Annual report on the mental hospital in the Central Provinces and Berar (Nagpur) - 1927-1951
Year: 1927
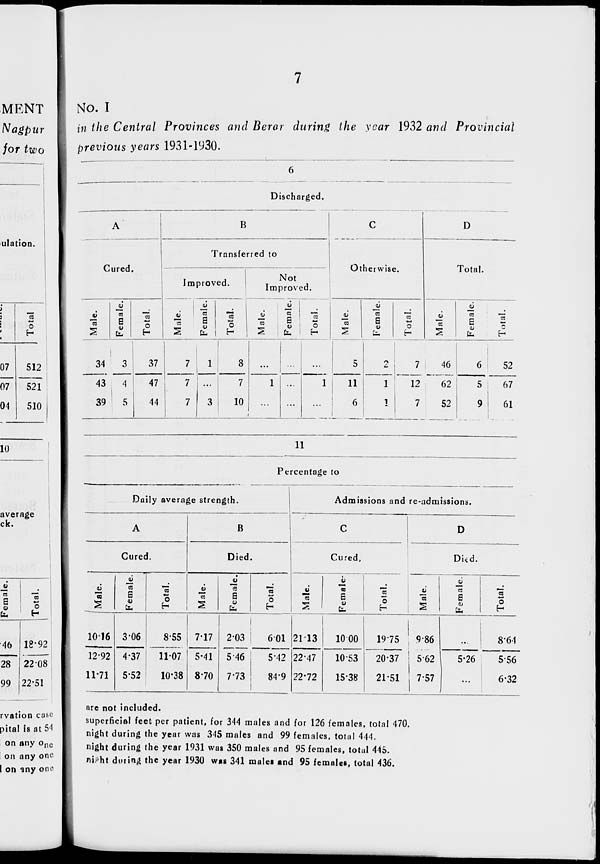
7
No. I
in the Central Provinces and Berar during the year 1932 and Provincial
previous years 1931-1930.
6
Discharged.
A
Cured.
Male.
34
43
39
Female.
3
4
5
Total.
37
47
44
B
Transferred to
Improved.
Male.
7
7
7
Female.
1
...
3
Total.
8
7
10
Not
Improved.
Male.
...
1
...
Female.
...
...
...
Total.
...
1
...
C
Otherwise.
Male.
5
11
6
Female.
2
1
1
Total.
7
12
7
D
Total.
Male.
46
62
52
Female.
6
5
9
Total.
52
67
61
11
Percentage to
Daily average strength.
A
Cured.
Male.
10.16
12.92
11.71
Female.
3.06
4.37
5.52
Total.
8.55
11.07
10.38
B
Died.
Male.
7.17
5.41
8.70
Female.
2.03
5.46
7.73
Total.
6.01
5.42
84.9
Admissions and re-admissions.
C
Cured.
Male.
21.13
22.47
22.72
Female.
10.00
10.53
15.38
Total.
19.75
20.37
21.51
D
Died.
Male.
9.86
5.62
7.57
Female.
...
5.26
...
Total.
8.64
5.56
6.32
are not included.
superficial feet per patient, for 344 males and for 126 females, total 470.
night during the year was 345 males and 99 females, total 444.
night during the year 1931 was 350 males and 95 females, total 445.
night during the year 1930 was 341 males and 95 females, total 436.